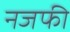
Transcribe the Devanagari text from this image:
नजफी